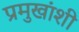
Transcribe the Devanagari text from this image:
प्रमुखांशी